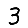
Digit: 3